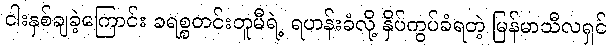
ငါးနှစ်ချခဲ့ကြောင်း ခရစ္စတင်းတူမီရဲ့ ရဟန်းခံလို့ နှိပ်ကွပ်ခံရတဲ့ မြန်မာသီလရှင်